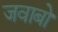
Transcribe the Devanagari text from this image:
जवाबो